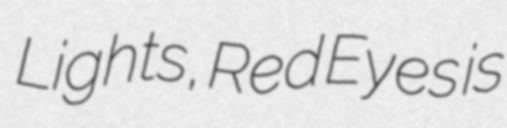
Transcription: Lights, Red Eyes is